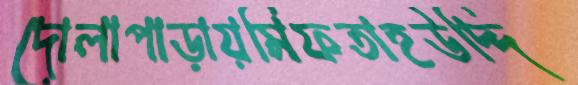
দোলাপাড়ায়মিফতাহউদ্দি